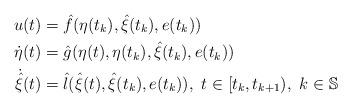
LaTeX: \begin{align*}u (t)&=\hat{f} (\eta(t_{k}),\hat{\xi}(t_{k}),e(t_{k}))\\\dot{\eta} (t)&=\hat{g}(\eta(t),\eta(t_{k}),\hat{\xi}(t_{k}),e(t_{k}))\\\dot{\hat{\xi}} (t)&=\hat{l}(\hat{\xi}(t),\hat{\xi}(t_{k}),e(t_{k})),~t\in[t_{k},t_{k+1}),~k\in\mathbb{S}\\\end{align*}